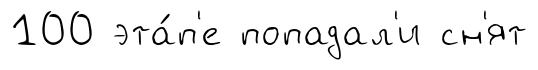
100 эта́п'е попадал'и сн'ят